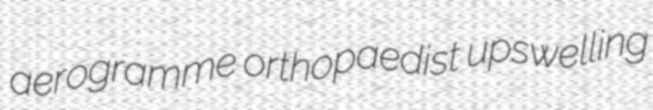
aerogramme orthopaedist upswelling